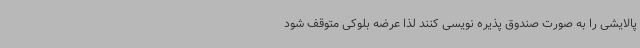
پالایشی را به صورت صندوق پذیره نویسی کنند لذا عرضه بلوکی متوقف شود